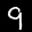
Label: 9